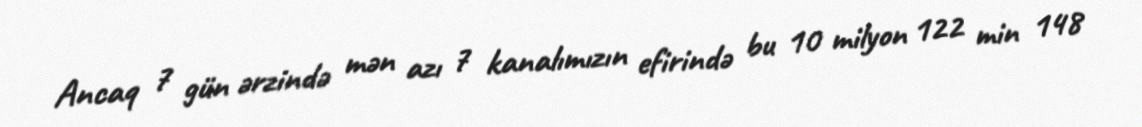
Ancaq 7 gün ərzində mən azı 7 kanalımızın efirində bu 10 milyon 122 min 148